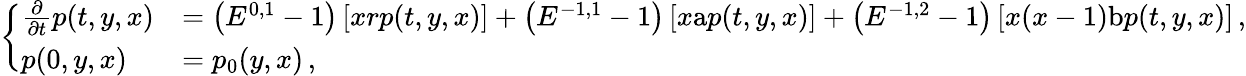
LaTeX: \left\{ \begin{array}{ll}{\frac{\partial}{\partial t}p(t,y,x)}&{=\left(E^{0,1}-1\right)\left[xrp(t,y,x)\right]+\left(E^{-1,1}-1\right)\left[x\mathrm{a}p(t,y,x)\right]+\left(E^{-1,2}-1\right)\left[x(x-1)\mathrm{b}p(t,y,x)\right]\, ,}\\ {p(0,y,x)}&{=p_{0}(y,x)\, ,}\end{array}\right.